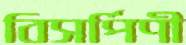
বিসর্পিণী